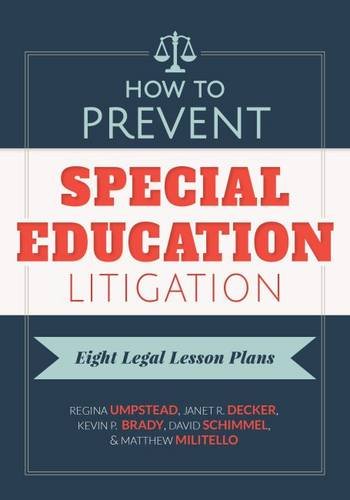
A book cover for How to Prevent Special Education Litigation: Eight Legal Lesson Plans; Regina Umpstead; Law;